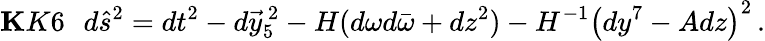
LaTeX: {\mathbf KK6}\, \, \, \, d\hat{s}^{2}=dt^{2}-d\vec{y}_{5}^{\ 2}-H(d\omega d\bar{\omega}+dz^{2})-H^{-1}\left(dy^{7}-Adz\right)^{2}\, .